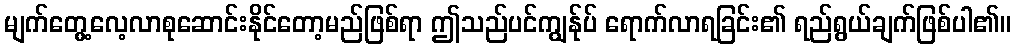
မျက်တွေ့လေ့လာစုဆောင်းနိုင်တော့မည်ဖြစ်ရာ ဤသည်ပင်ကျွန်ုပ် ရောက်လာရခြင်း၏ ရည်ရွယ်ချက်ဖြစ်ပါ၏။